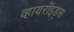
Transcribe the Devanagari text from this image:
व्हायरॉइड्स